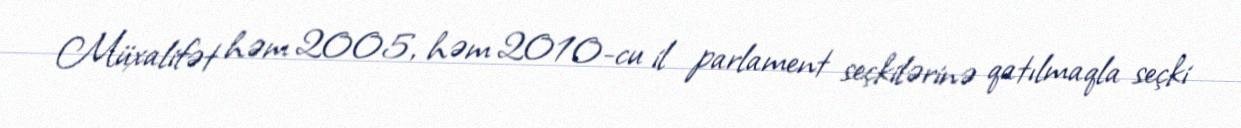
Müxalifət həm 2005, həm 2010-cu il parlament seçkilərinə qatılmaqla seçki